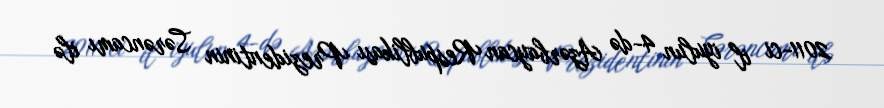
2011-ci il iyulun 4-də Azərbaycan Respublikası Prezidentinin Sərəncamı ilə